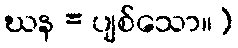
ဃန = ပျစ်သော။)